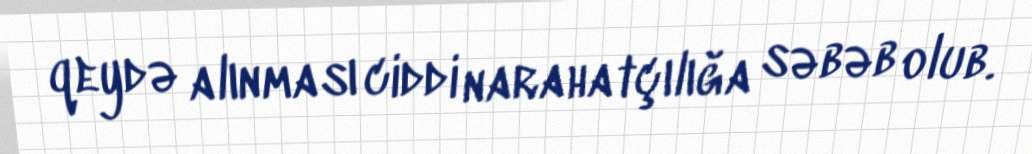
qeydə alınması ciddi narahatçılığa səbəb olub.